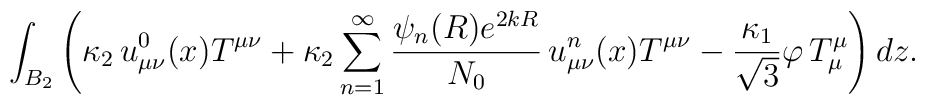
\int_{B_2} \left( \kappa_2 \,   u^0_{\mu\nu}(x) T^{\mu\nu}+\kappa_2 \sum_{n=1}^\infty  \frac{\psi_n (R)e^{2kR}}{N_{0}}\,  u^n_{\mu\nu}(x) T^{\mu\nu}-\frac{\kappa_1}{ \sqrt{3}}  \varphi\, T_\mu^\mu\right)dz.